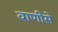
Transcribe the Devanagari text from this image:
वाणीसे